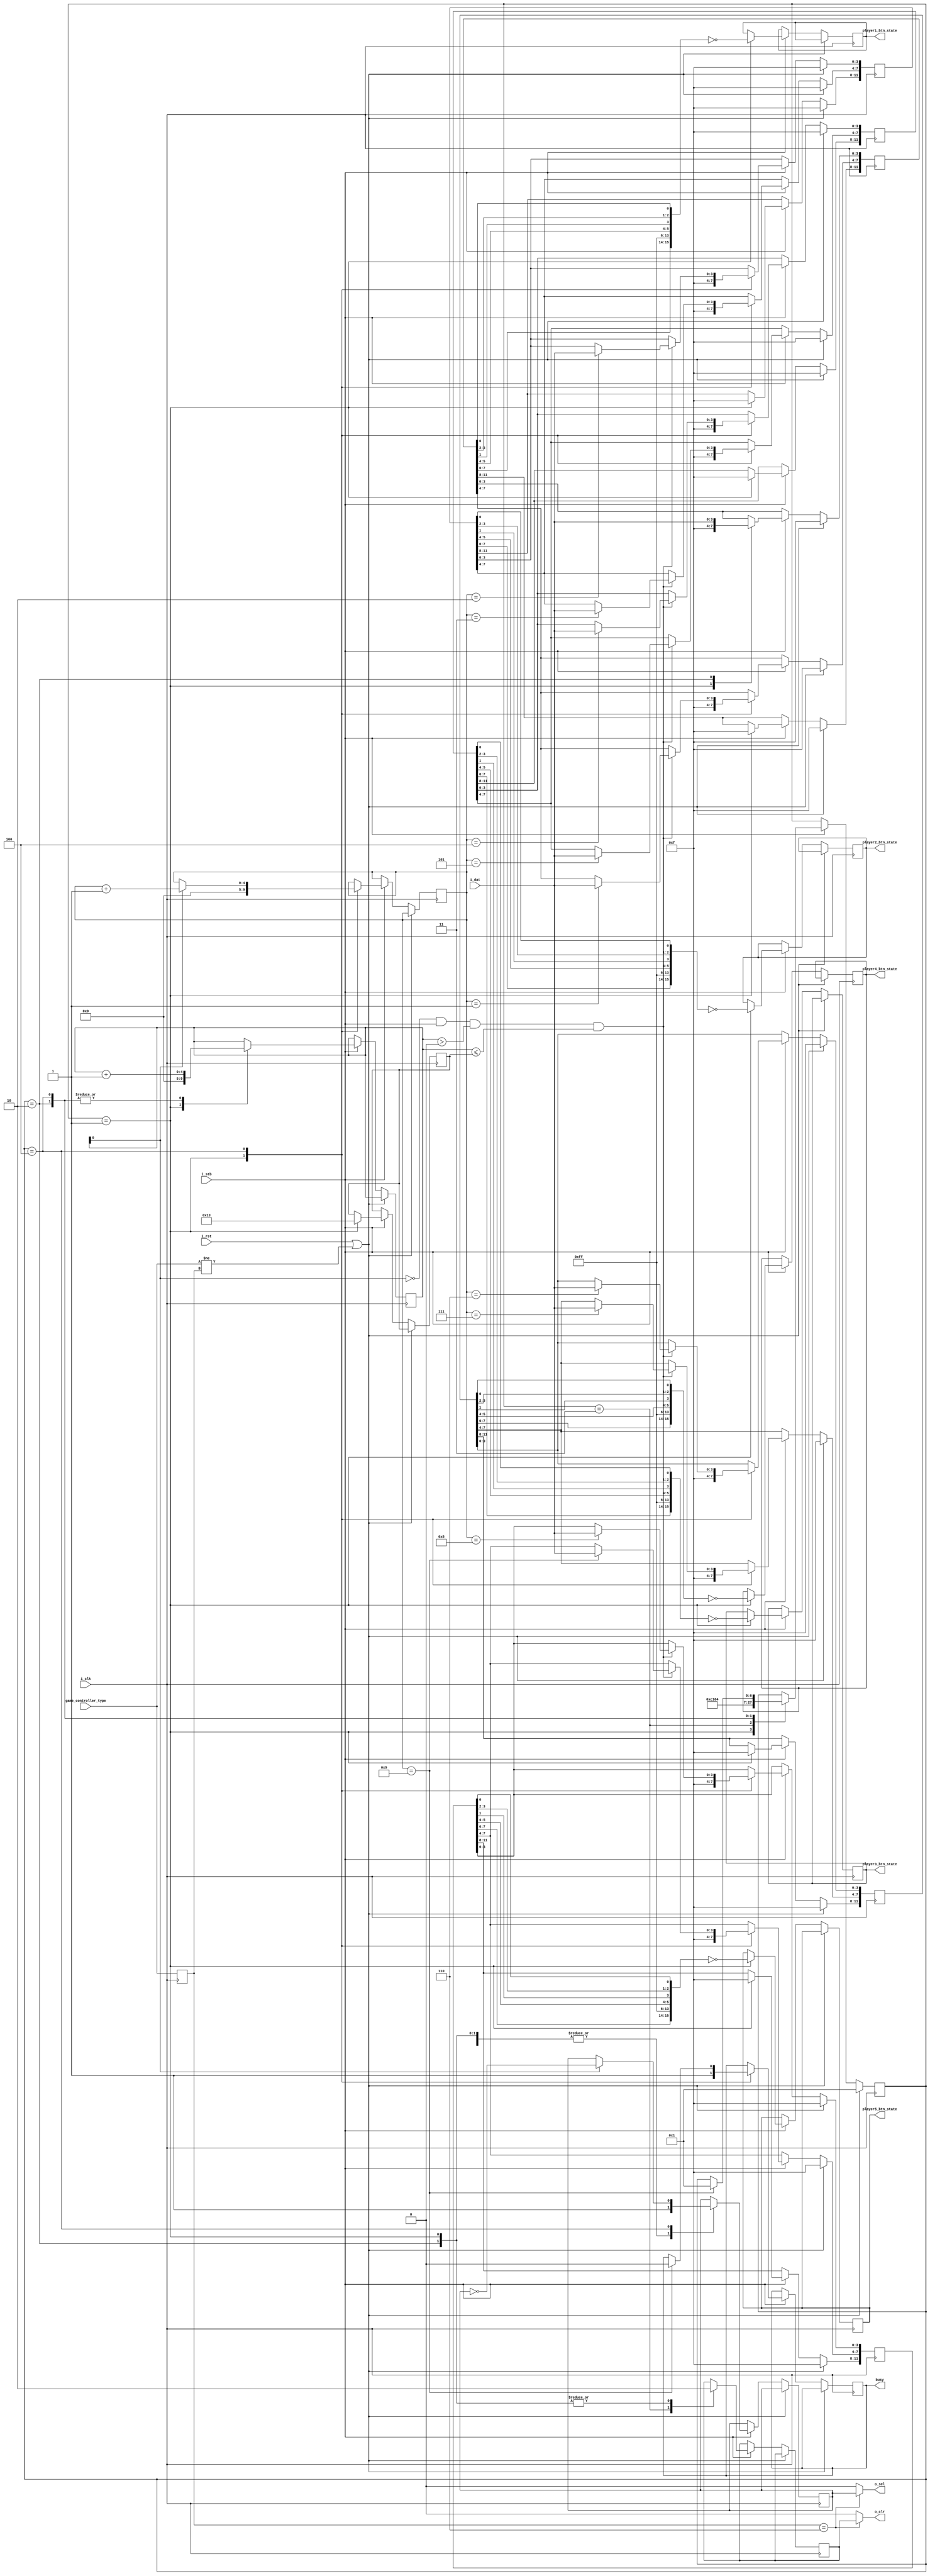
//MIT License
//
// Copyright (c) 2024 RndMnkIII
//
// Permission is hereby granted, free of charge, to any person obtaining a copy
// of this software and associated documentation files (the "Software"), to deal
// in the Software without restriction, including without limitation the rights
// to use, copy, modify, merge, publish, distribute, sublicense, and/or sell
// copies of the Software, and to permit persons to whom the Software is
// furnished to do so, subject to the following conditions:

// The above copyright notice and this permission notice shall be included in all
// copies or substantial portions of the Software.

// THE SOFTWARE IS PROVIDED "AS IS", WITHOUT WARRANTY OF ANY KIND, EXPRESS OR
// IMPLIED, INCLUDING BUT NOT LIMITED TO THE WARRANTIES OF MERCHANTABILITY,
// FITNESS FOR A PARTICULAR PURPOSE AND NONINFRINGEMENT. IN NO EVENT SHALL THE
// AUTHORS OR COPYRIGHT HOLDERS BE LIABLE FOR ANY CLAIM, DAMAGES OR OTHER
// LIABILITY, WHETHER IN AN ACTION OF CONTRACT, TORT OR OTHERWISE, ARISING FROM,
// OUT OF OR IN CONNECTION WITH THE SOFTWARE OR THE USE OR OTHER DEALINGS IN THE
// SOFTWARE.

//pcengine_game_controller_multitap.v
//***********************************************************************
//* Analogizer PCEngine SNAC openFPGA interface for the Analogue Pocket *
//***********************************************************************
// By @RndMnkIII. 
// Release: 1.0

// Aqu he documentado el funcionamiento de los diferentes mandos de juegos a los que he ido dando soporte, basado en las capturas de datos
// realizadas con analizador lgico + generador de patrones:
//
// ************
// * PCEngine * Tested up 100KHz clr to clr (500KHz step)
// ************
//        <--------- 2BTN -------->
//        <----------------- 6BTN ---------------->
// STB    | 0 | 1 | 2 | 3 | 4 | 5 | 6 | 7 | 8 | 9 |
//        .........
// CLR    :       :_______________________________
//         _______________         _______    
// SEL    /               \_______/       \_______
//        ________ _______ _______ _______ _______
// DATA      1    \ LDRU  X  RS21 X   0   X 6543  
//                    ^       ^       ^       ^
// SAMPLE             |       |       |       |
//                    1       2       3       4

// NEED TO CHECK THIS -+
//                     |
//                     V
//
//        <--------- 2BTN ------->
//        <----------------- 6BTN ------------------------>
// STB    | 0 | 1 | 2 | 3 | 4 | 5 | 6 | 7 | 8 | 9 |10 |11 |
//        | SCAN1                 | SCAN2                 |
//        .....                   .....                        
// CLR    :   :___________________:   :___________________
//         ___________             ___________    
// SEL    /           \___________/           \___________
//             _________ _________     _________ _________
// DATA   ____/ LDRU    X  RS21   \___/   0     X 6543  
//        ^       ^       ^       ^       ^       ^       
// SAMPLE         |       |               |       |
//                1       2               3       4
// TEST DATA 1        
// TEST DATA 2        
// POCKET INPUTS                                                                                                                                                                                                  
// 1  P1 up          DO
// 0  P1 down        D2
// 1  P1 left        D3
// 0  P1 right       D1
// 0  P1 y                                    D1    
// 1  P1 x                                    D0
// 0  P1 b                    D1
// 1  P1 a                    D0
// 1  P1 l1                                   D2
// 0  P1 r1                                   D3
// 0  P1 l2           --------------------------
// 0  P1 r2           --------------------------
// 0  P1 l3           --------------------------
// 0  P1 r3           --------------------------
// 0  P1 select               D2                
// 1  P1 start                D3                
//                                                                                                                                                           X
//P1 1010 0101 1000 0001
//      A    5    8    1 
//gtkwave
//p1 1010 0101 1000 0001
//    A581
// MULTITAP (x5 Controllers):
//     CLR	SEL	Active Port	Port 1 CLR	Port 1 SEL	Port 2 CLR	Port 2 SEL	Port 3 CLR	Port 3 SEL	Port 4 CLR	Port 4 SEL	Port 5 CLR	Port 5 SEL
// 1    L	H	None        H	        H	        H	        H	        H	        H	        H	        H	        H	        H
// 2    H	H	None        H	        H	        H	        H	        H	        H	        H	        H	        H	        H
// 3    L	H	1	        L	        H	        H	        H	        H	        H	        H	        H	        H	        H
// 4    L	L	1	        L	        L	        H	        H	        H	        H	        H	        H	        H	        H
// 5    L	H	2	        H	        H	        L	        H	        H	        H	        H	        H	        H	        H
// 6    L	L	2	        H	        H	        L	        L	        H	        H	        H	        H	        H	        H
// 7    L	H	3	        H	        H	        H	        H	        L	        H	        H	        H	        H	        H
// 8    L	L	3	        H	        H	        H	        H	        L	        L	        H	        H	        H	        H
// 9    L	H	4	        H	        H	        H	        H	        H	        H	        L	        H	        H	        H
// 10   L	L	4	        H	        H	        H	        H	        H	        H	        L	        L	        H	        H
// 11   L	H	5	        H	        H	        H	        H	        H	        H	        H	        H	        L	        H
// 12   L	L	5	        H	        H	        H	        H	        H	        H	        H	        H	        L	        L
`default_nettype none

module pcengine_game_controller_multitap #(parameter MASTER_CLK_FREQ=50_000_000)
(
    input wire i_clk,
	input wire i_rst,
    input wire [3:0] game_controller_type, //0x4 2btn, 0x5 6btn, 0x6 multitap
	input wire i_stb,
    output reg [15:0] player1_btn_state,
    output reg [15:0] player2_btn_state,
    output reg [15:0] player3_btn_state,
    output reg [15:0] player4_btn_state,
    output reg [15:0] player5_btn_state,
    output reg busy,

    //SNAC Game controller interface
    output wire o_clr,
    output wire o_sel,
    input wire [3:0] i_dat //data from controller
);
    //FSM states
    parameter IDLE    = 3'b001;
    parameter CLR     = 3'b010;
    parameter PRE_CLR = 3'b011;
    parameter DATA    = 3'b100;

    //store module settings
    reg [3:0] game_controller_type_r;

    reg [6:0] state /* synthesis preserve */;

    reg [4:0] counter;
    reg [4:0] scan_number;
    reg [4:0] counter_top_value;
    reg clr_internal;
    reg sel_internal;
    reg [11:0] pb1_r, pb2_r, pb3_r, pb4_r, pb5_r;

    wire sample_data;

    //always sample data at falling edge of o_clk starting and second clock pulse in latch phase.
    assign sample_data = ~counter[0] && i_stb && (counter > 0) && (counter <= counter_top_value);

    always @(posedge i_clk) begin
        game_controller_type_r <= game_controller_type;

        //detect any change on gamepad configuration and restart FSM at IDLE state.
        if(i_rst || (game_controller_type != game_controller_type_r)) begin
            state <= IDLE;
            pb1_r <= 12'hfff;
            pb2_r <= 12'hfff;
            pb3_r <= 12'hfff;
            pb4_r <= 12'hfff;
            pb5_r <= 12'hfff;
        end
        else begin
            if(i_stb) begin
                case(state)
                IDLE:
                    begin
                        //fetch data from last read

                        //button order from first to last
                        //0   1     2    3    4   5   6      7   8   9  10  11 
                        //UP  RIGHT DOWN LEFT I   II  SELECT RUN III IV  V  VI
                        //follow Pocket game controls order:                                    D           C           B           A           E           F
                        //                        up        down       left      right       btn_y       btn_x       btn_b       btn_a      btn_l1      btn_r1 btn_l2 btn_r2 btn_l3 btn_r3  select   start
                        //player_btn_state <= ~{pb_r[0],   pb_r[2],   pb_r[3],   pb_r[1],    pb_r[9],    pb_r[8],    pb_r[5],    pb_r[4],   pb_r[10],   pb_r[11],  1'b1,  1'b1,  1'b1,  1'b1,pb_r[6],pb_r[7]};

                        //                     START     SELECT   R3 L3 R2 L2 R1 L1 Y X        B         A        RIGH      LEFT      DOWN      UP 
                        player1_btn_state <= ~{pb1_r[7], pb1_r[6], 8'b11111111,                pb1_r[5], pb1_r[4],pb1_r[1], pb1_r[3], pb1_r[2], pb1_r[0]};
                        player2_btn_state <= ~{pb2_r[7], pb2_r[6], 8'b11111111,                pb2_r[5], pb2_r[4],pb2_r[1], pb2_r[3], pb2_r[2], pb2_r[0]};
                        player3_btn_state <= ~{pb3_r[7], pb3_r[6], 8'b11111111,                pb3_r[5], pb3_r[4],pb3_r[1], pb3_r[3], pb3_r[2], pb3_r[0]};
                        player4_btn_state <= ~{pb4_r[7], pb4_r[6], 8'b11111111,                pb4_r[5], pb4_r[4],pb4_r[1], pb4_r[3], pb4_r[2], pb4_r[0]};
                        player5_btn_state <= ~{pb5_r[7], pb5_r[6], 8'b11111111,                pb5_r[5], pb5_r[4],pb5_r[1], pb5_r[3], pb5_r[2], pb5_r[0]};

                        counter <= 0;
                        scan_number <= 0;
                        counter_top_value <= 5'd19;

                        sel_internal <= 1'b1;
                        clr_internal <= 1'b0;
                        busy <= 1'b1;
                        pb1_r <= 12'hfff;
                        pb2_r <= 12'hfff;
                        pb3_r <= 12'hfff;
                        pb4_r <= 12'hfff;
                        pb5_r <= 12'hfff;
                        state <= PRE_CLR;
                    end
                PRE_CLR: begin
                        sel_internal <= 1'b1;
                        clr_internal <= 1'b1;
                        state <= CLR;
                end

                CLR:
                    begin
                        counter <= counter + 1;
                        sel_internal <= 1'b1;
                        clr_internal <= 1'b0;
                        pb1_r[3:0]  <= i_dat;
                        state <= DATA;
                    end
                DATA:
                    begin
                        counter <= counter + 1; //should be start clocking at 3
                        //following data samples are get in DATA phase.
                        if(counter[0]) begin
                            sel_internal <= ~sel_internal;
                            scan_number <= scan_number + 1;
                        end

                        if(sample_data) begin//read button state
                            case(scan_number)
                                //0:       pb1_r[3:0]  <= i_dat;
                                1:       pb1_r[7:4]  <= i_dat;
                                2:       pb2_r[3:0]  <= i_dat;
                                3:       pb2_r[7:4]  <= i_dat;
                                4:       pb3_r[3:0]  <= i_dat;
                                5:       pb3_r[7:4]  <= i_dat;
                                6:       pb4_r[3:0]  <= i_dat;
                                7:       pb4_r[7:4]  <= i_dat;                                
                                8:       pb5_r[3:0]  <= i_dat;
                                9:       pb5_r[7:4]  <= i_dat;                                
                                default: 
                                begin
                                        pb1_r       <= pb1_r;
                                        pb2_r       <= pb2_r;
                                        pb3_r       <= pb3_r;
                                        pb4_r       <= pb4_r;
                                        pb5_r       <= pb5_r;
                                end
                            endcase
                        end

                        //the gamepads buton state are fetched at the end of DATA phase 1101 0101
                        if(scan_number == 9) begin
                            state <= IDLE;
                            busy <= 1'b0;
                        end  
                    end        
                endcase       
            end    
        end
    end

    assign o_clr = (game_controller_type_r == 4'h6) ? clr_internal : 1'b0;
    assign o_sel = (game_controller_type_r == 4'h6) ? sel_internal : 1'b0;
endmodule